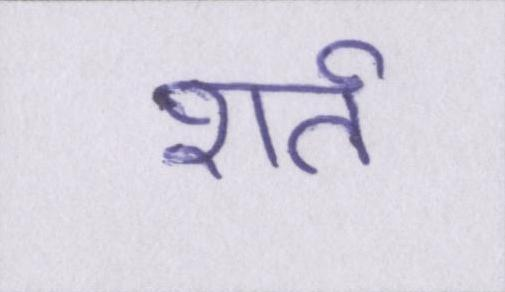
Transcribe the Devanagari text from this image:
शर्त